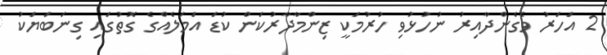
2 އަހަރު ވެގެންދާއިރު ނުހުޅުވި ހުރުމަކީ ޒިންމާދާރުކަން ކުޑަ އަމަލެއްގެ ގޮތުގައި ގިނަބަޔަކު